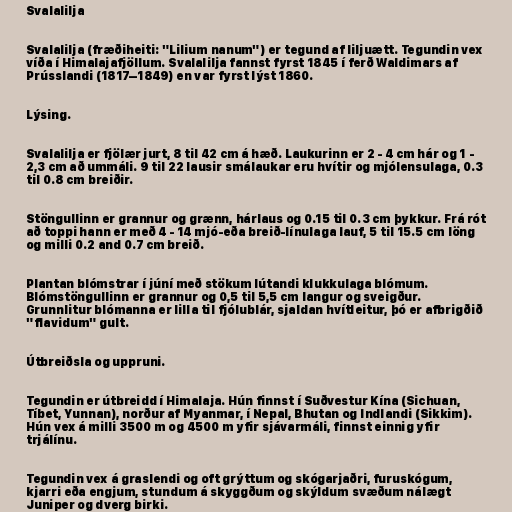
Svalalilja

Svalalilja (fræðiheiti: "Lilium nanum") er tegund af liljuætt. Tegundin vex
víða í Himalajafjöllum. Svalalilja fannst fyrst 1845 í ferð Waldimars af
Prússlandi (1817–1849) en var fyrst lýst 1860.

Lýsing.

Svalalilja er fjölær jurt, 8 til 42 cm á hæð. Laukurinn er 2 - 4 cm hár og 1 -
2,3 cm að ummáli. 9 til 22 lausir smálaukar eru hvítir og mjólensulaga, 0.3
til 0.8 cm breiðir.

Stöngullinn er grannur og grænn, hárlaus og 0.15 til 0.3 cm þykkur. Frá rót
að toppi hann er með 4 - 14 mjó-eða breið-línulaga lauf, 5 til 15.5 cm löng
og milli 0.2 and 0.7 cm breið.

Plantan blómstrar í júní með stökum lútandi klukkulaga blómum.
Blómstöngullinn er grannur og 0,5 til 5,5 cm langur og sveigður.
Grunnlitur blómanna er lilla til fjólublár, sjaldan hvítleitur, þó er afbrigðið
"flavidum" gult.

Útbreiðsla og uppruni.

Tegundin er útbreidd í Himalaja. Hún finnst í Suðvestur Kína (Sichuan,
Tíbet, Yunnan), norður af Myanmar, í Nepal, Bhutan og Indlandi (Sikkim).
Hún vex á milli 3500 m og 4500 m yfir sjávarmáli, finnst einnig yfir
trjálínu.

Tegundin vex á graslendi og oft grýttum og skógarjaðri, furuskógum,
kjarri eða engjum, stundum á skyggðum og skýldum svæðum nálægt
Juniper og dverg birki.